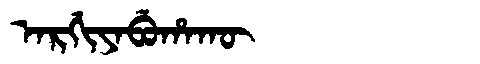
Manchu: ᠠᡵᡤᡳᠶᠠᠪᡠᡥᠠᡴᡡ
Romanization: ARGIYABUHAKŪ